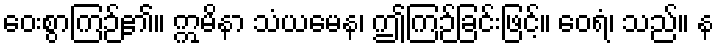
ဝေးစွာကြဉ်၏။ ဣမိနာ သံယမေန၊ ဤကြဉ်ခြင်းဖြင့်။ ဝေရံ၊ သည်။ န